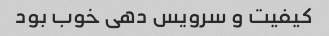
کیفیت و سرویس دهی خوب بود